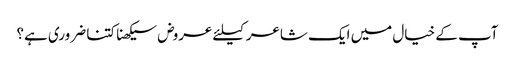
آپ کے خیال میں ایک شاعر کیلئے عروض سیکھنا کتنا ضروری ہے؟